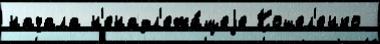
начала н'енадл'ежа́щеjе Кошел'енко